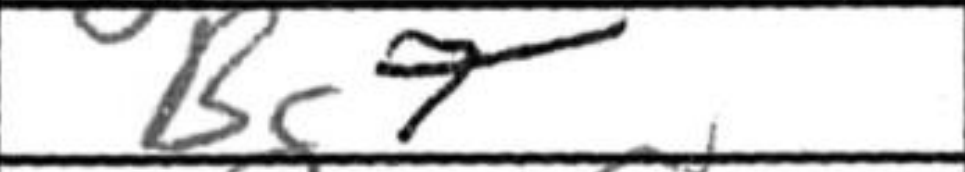
Transcription: Bg7